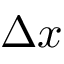
\Delta x